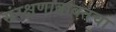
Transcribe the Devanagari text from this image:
संरक्षणाबाबतचा